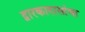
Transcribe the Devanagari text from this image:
द्वारकादासांचा